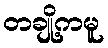
တချို့ကမူ